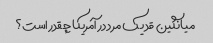
میانگین قد یک مرد در آمریکا چقدر است؟